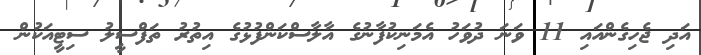
އަދި ޖެހިގެންއައި 11 ވަނަ ދުވަހު އެމަނިކުފާނުގެ އާލާސްކަންފުޅުގެ އިތުރު ތަފްސީލު ސިޓީއަކުން